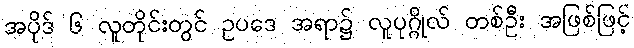
အပိုဒ် ၆ လူတိုင်းတွင် ဥပဒေ အရာ၌ လူပုဂ္ဂိုလ် တစ်ဦး အဖြစ်ဖြင့်